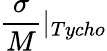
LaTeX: \frac{\sigma}{M}|_{Tycho}